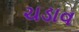
ચડાવ